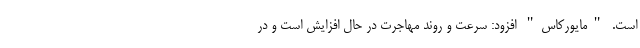
است. "مایورکاس" افزود: سرعت و روند مهاجرت در حال افزایش است و در